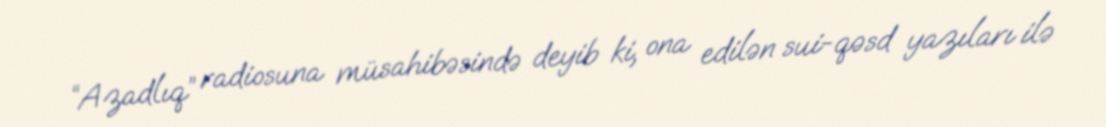
“Azadlıq” radiosuna müsahibəsində deyib ki, ona edilən sui-qəsd yazıları ilə